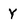
Character: Y